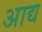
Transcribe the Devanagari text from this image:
अाद्य